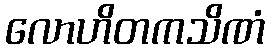
လောဟိတကသိဏံ